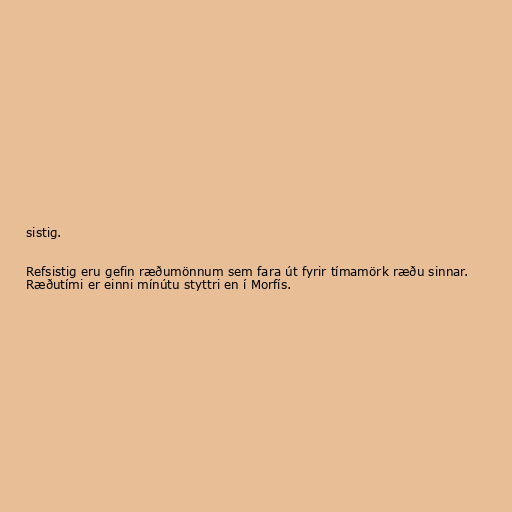
sistig.

Refsistig eru gefin ræðumönnum sem fara út fyrir tímamörk ræðu sinnar.
Ræðutími er einni mínútu styttri en í Morfís.